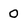
Character: 0